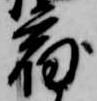
宿